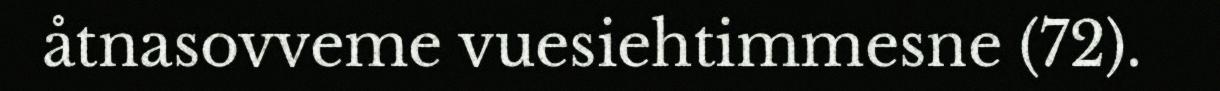
åtnasovveme vuesiehtimmesne (72).